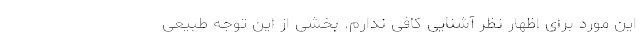
این مورد برای اظهار نظر آشنایی کافی ندارم. بخشی از این توجه طبیعی